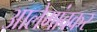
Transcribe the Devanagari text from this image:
आलेगांवकर